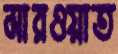
মারওয়াত